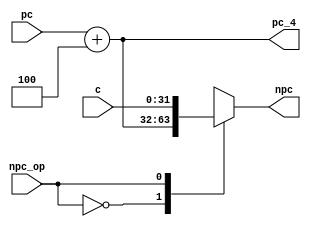
module NPC(
    input [31:0]pc,
    input [31:0]c,
    input npc_op,
    output [31:0]pc_4,
    output [31:0]npc
);

reg [31:0]pc_4_reg;
reg [31:0]npc_reg;

assign pc_4=pc_4_reg;
assign npc=npc_reg;

always@(*)
begin
    pc_4_reg=pc+4;
end

always@(*)
begin
    case (npc_op)
        //pc+4
        1'b0:
        begin
            npc_reg=pc+4;
        end 
        //BrEq\BrLt\jal\jalr
        1'b1:
        begin
            npc_reg=c;
        end
        default: npc_reg=pc+4;
    endcase
end

endmodule